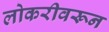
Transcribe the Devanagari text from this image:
लोकरीवरून